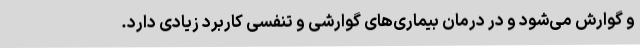
و گوارش می‌شود و در درمان بیماری‌های گوارشی و تنفسی کاربرد زیادی دارد.